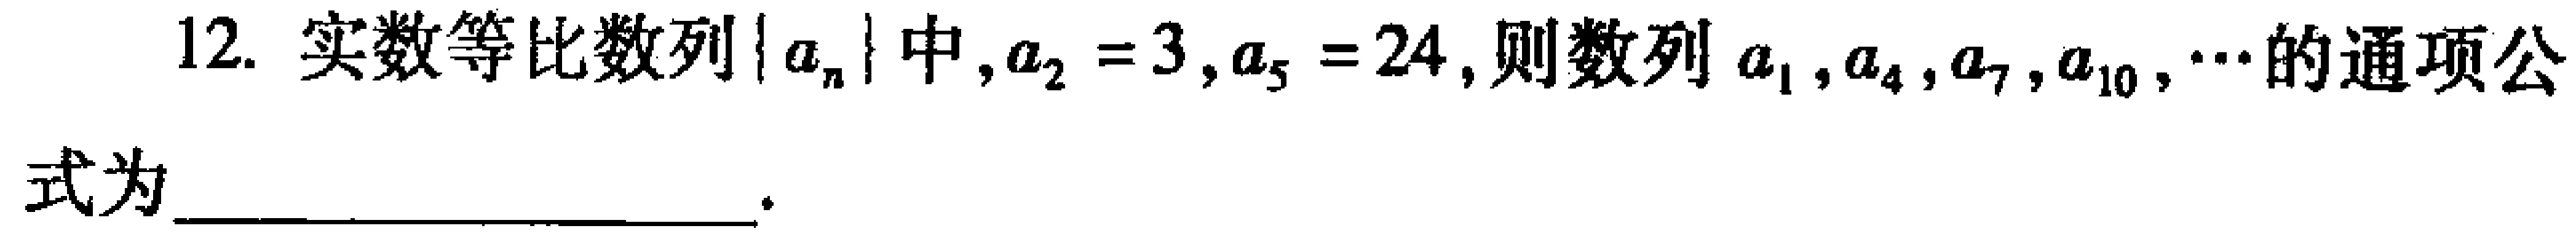
12. 实数等比数列\(\{ a_{n}\}\)中，\(a_{2}=3\)，\(a_{5}=24\)，则数列\(a_{1},a_{4},a_{7},a_{10},\cdots\)的通项公式为  。